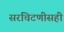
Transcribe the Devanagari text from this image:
सरचिटणीसही